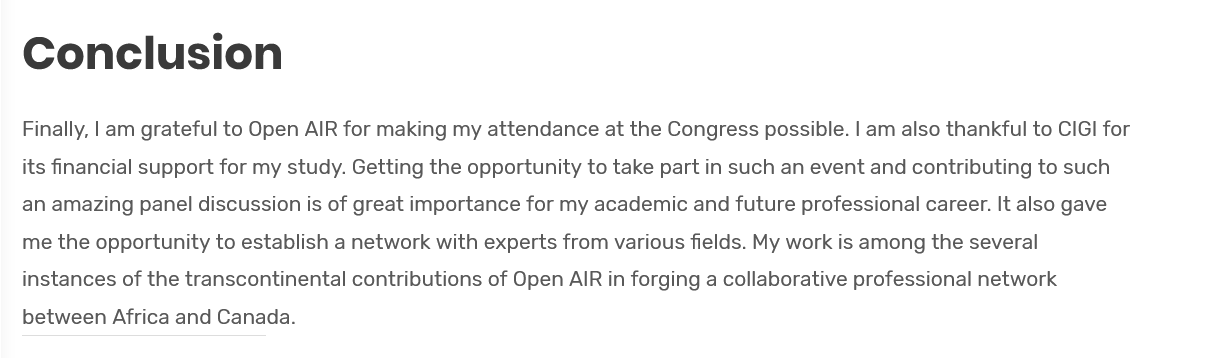
Conclusion
   Finally, | am grateful to Open AIR for making my attendance at the Congress possible. | am also thankful to CIGI for
   its financial support for my study. Getting the opportunity to take part in such an event and contributing to such
   an amazing panel discussion is of great importance for my academic and future professional career. It also gave
   me the opportunity to establish a network with experts from various fields. My work is among the several
   instances of the transcontinental contributions of Open AIR in forging a collaborative professional network
   between Africa and Canada.